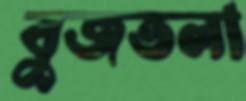
বুজতলা